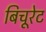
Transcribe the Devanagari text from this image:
बिचूरेट